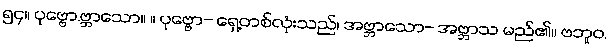
၅၄။ ပုဗ္ဗော.ဗ္ဘာသော။ ။ ပုဗ္ဗော- ရှေ့တစ်လုံးသည်၊ အဗ္ဘာသော- အဗ္ဘာသ မည်၏။ ဗဘူဝ,